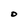
Character: D